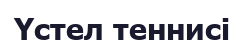
Үстел теннисі